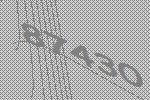
87430